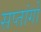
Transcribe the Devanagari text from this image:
सप्तांगों